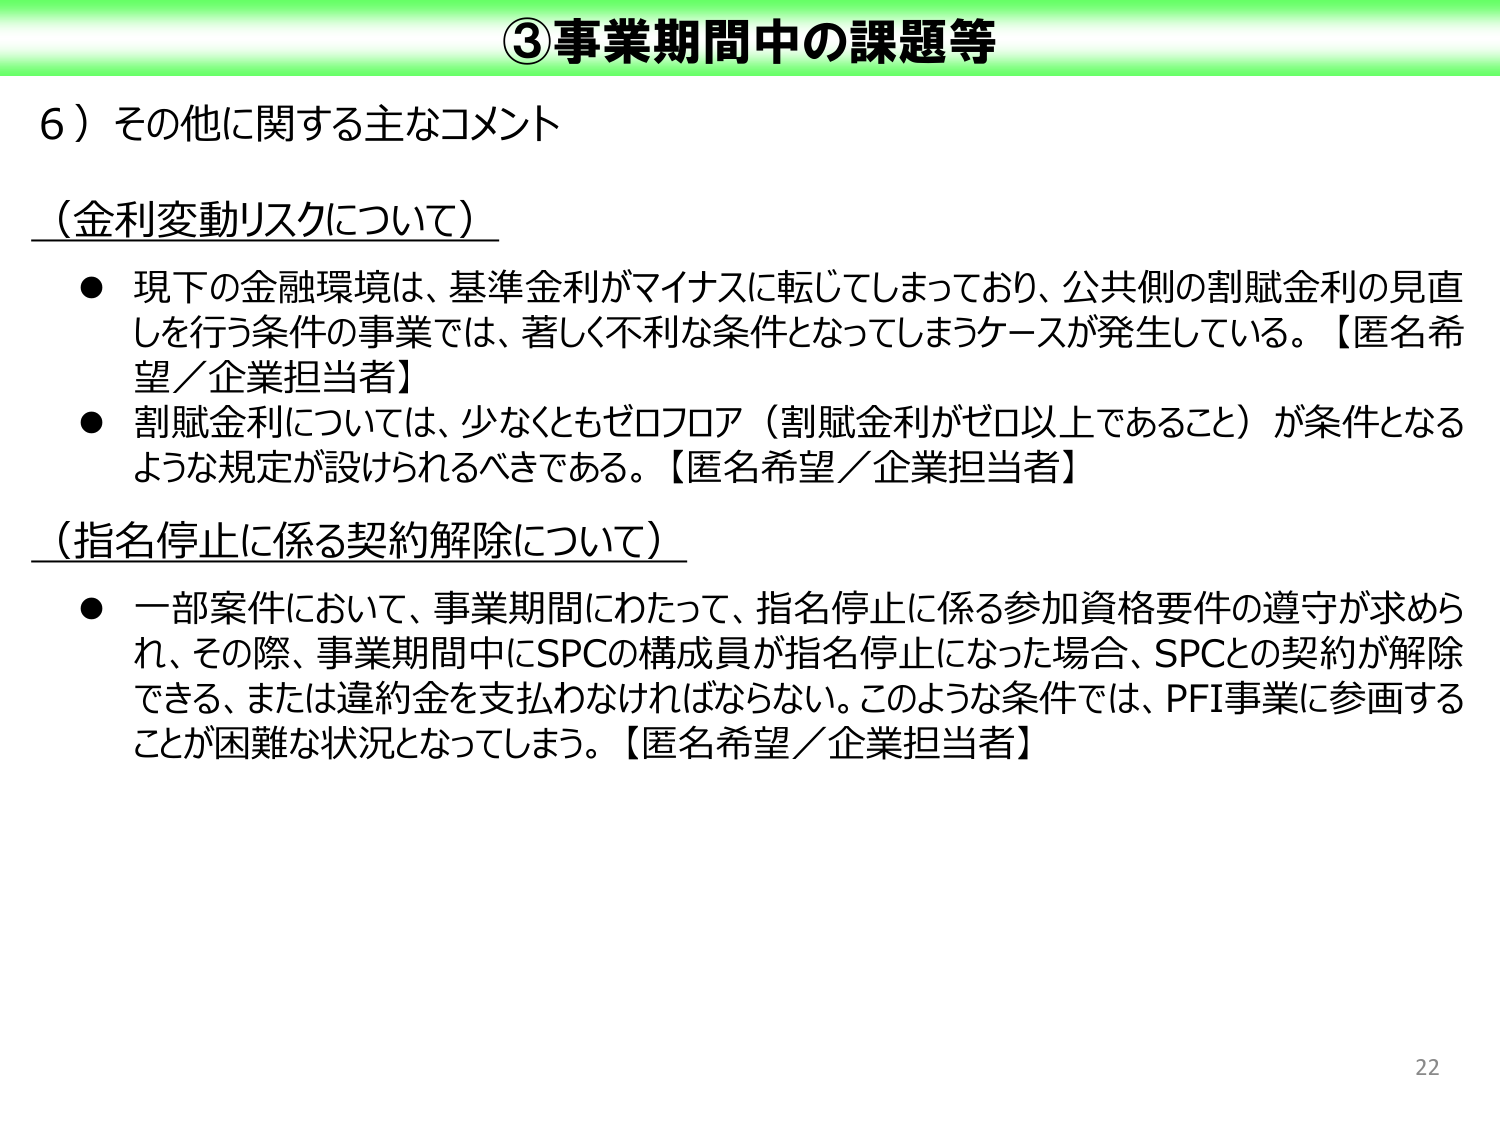
③事業期間中の課題等

6）その他に関する主なコメント

（金利変動リスクについて）
● 現下の金融環境は、基準金利がマイナスに転じてしまっており、公共側の割賦金利の見直しを行う条件の事業では、著しく不利な条件となってしまうケースが発生している。【匿名希望／企業担当者】
● 割賦金利については、少なくともゼロフロア（割賦金利がゼロ以上であること）が条件となるような規定が設けられるべきである。【匿名希望／企業担当者】

（指名停止に係る契約解除について）
● 一部案件において、事業期間にわたって、指名停止に係る参加資格要件の遵守が求められ、その際、事業期間中にSPCの構成員が指名停止になった場合、SPCとの契約が解除できる、または違約金を支払わなければならない。このような条件では、PFI事業に参画することが困難な状況となってしまう。【匿名希望／企業担当者】

22